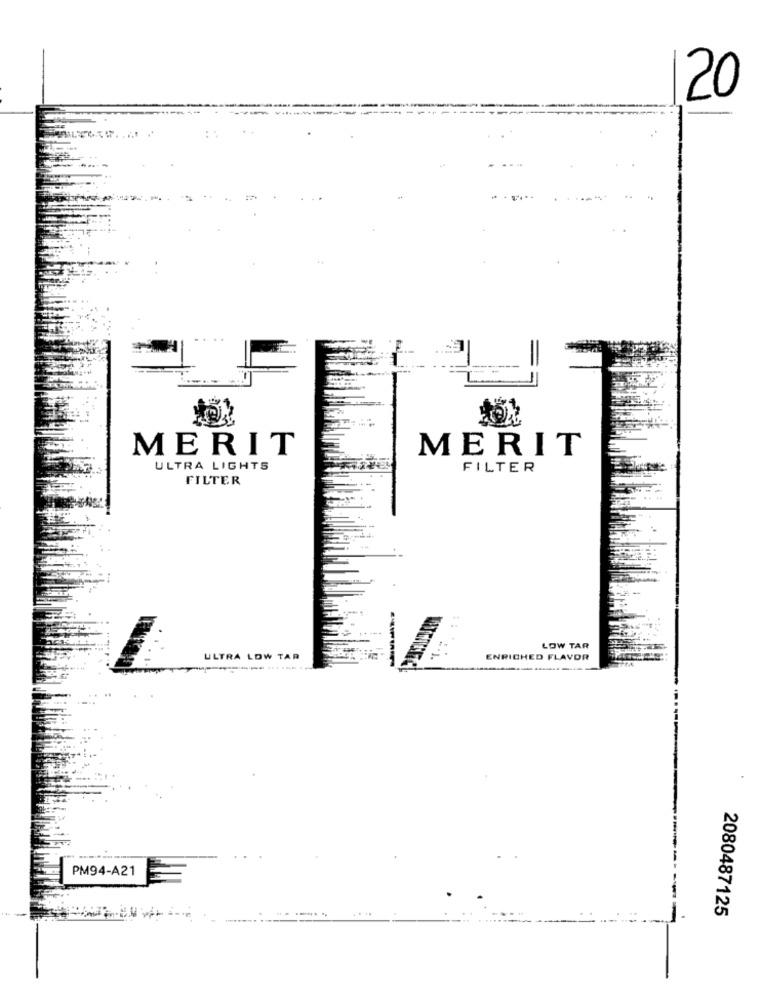
20
MERIT
MERIT
ULTRA LIGHTS
FILTER
FILTER
LOW TAR
ULTRA LOW TAR
ENRICHED FLAVOR
PM94-A21
2080487125